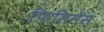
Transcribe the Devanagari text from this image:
फिलिसेस